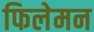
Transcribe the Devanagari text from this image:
फिलेमन